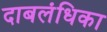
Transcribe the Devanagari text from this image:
दाबलंधिका